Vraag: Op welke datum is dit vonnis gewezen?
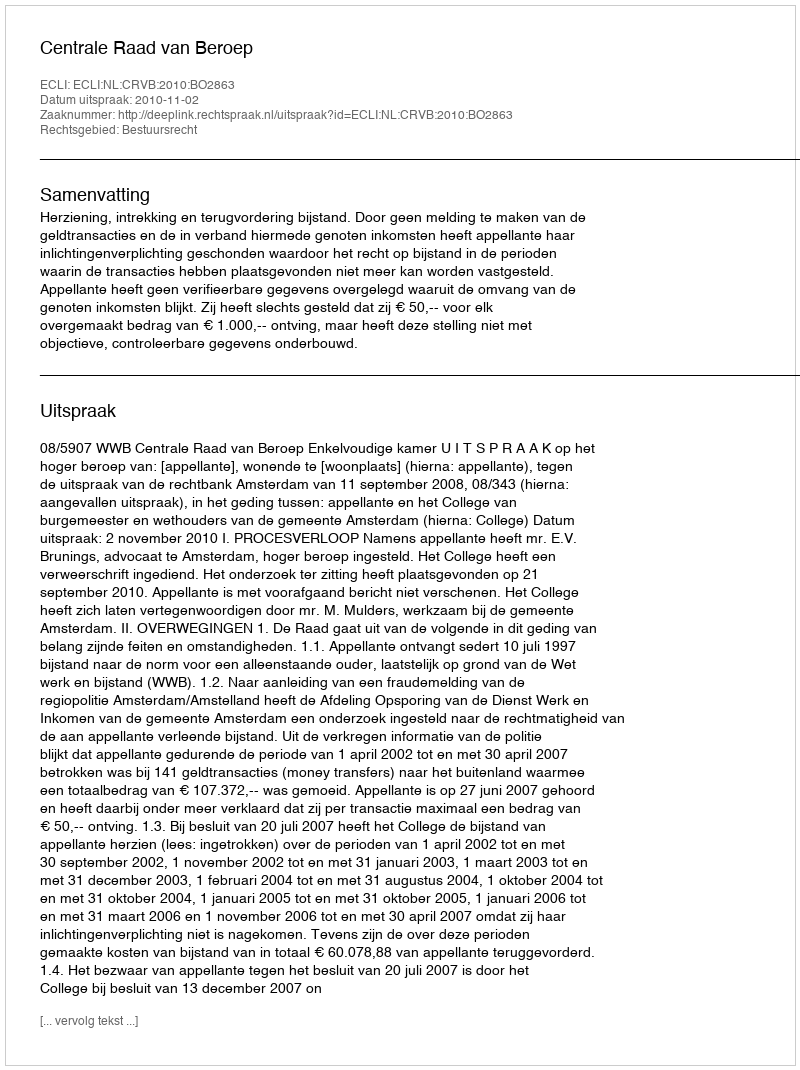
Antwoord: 2010-11-02